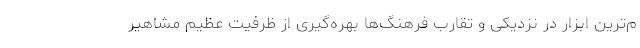
م‌ترین ابزار در نزدیکی و تقارب فرهنگ‌ها بهره‌گیری از ظرفیت عظیم مشاهیر